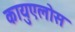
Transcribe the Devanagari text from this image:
कायुएलोस